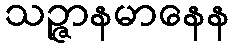
သဉ္ဇာနမာနေန